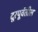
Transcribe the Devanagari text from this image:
दूरपूर्वेतील